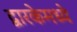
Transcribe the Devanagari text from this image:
द्वारकेमध्ये